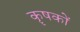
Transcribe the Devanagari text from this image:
कॄषकों